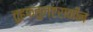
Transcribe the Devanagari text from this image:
तुहफतुल्एराकीन